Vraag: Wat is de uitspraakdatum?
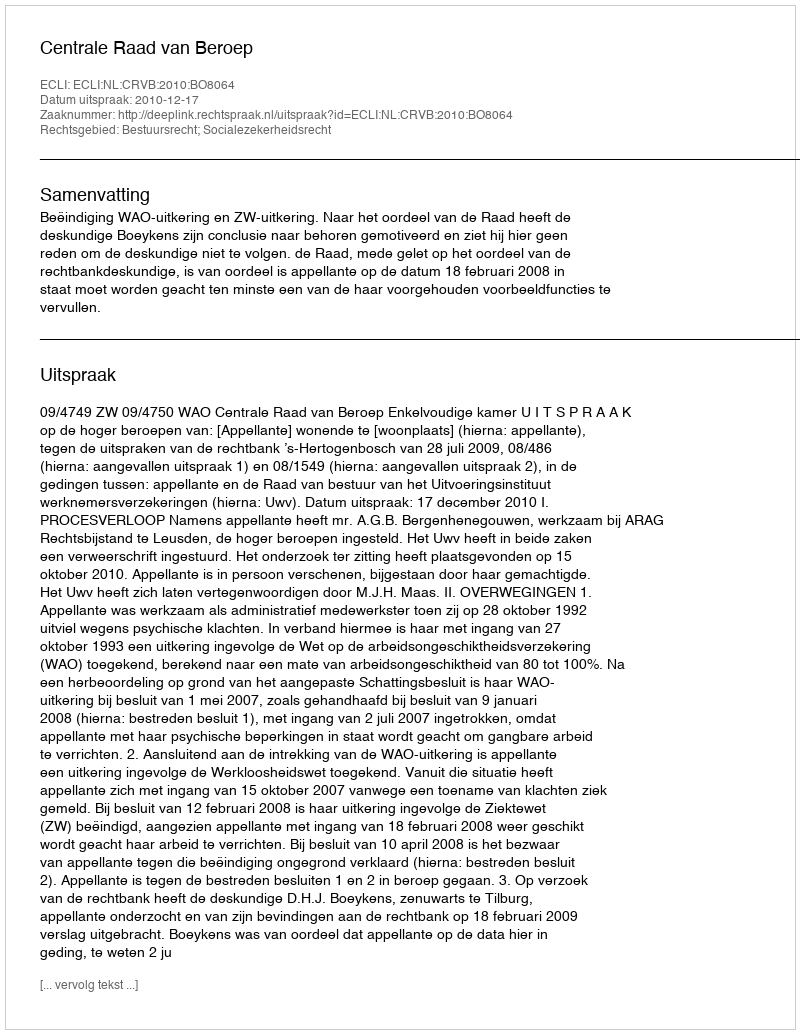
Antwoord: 2010-12-17